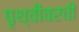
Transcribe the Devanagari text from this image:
पृथ्वीवरची